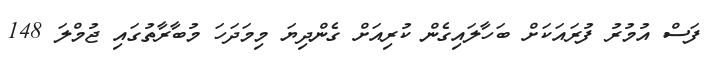
ފަސް އުމުރު ފުރައަކަށް ބަހާލައިގެން ކުރިއަށް ގެންދިޔަ މިމަދަހަ މުބާރާތުގައި ޖުމްލަ 148